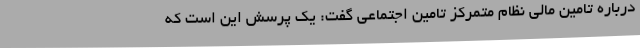
درباره تامین مالی نظام متمرکز تامین اجتماعی گفت: یک پرسش این است که